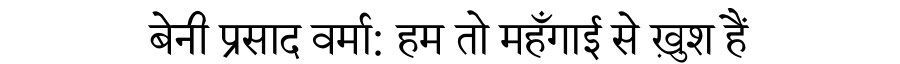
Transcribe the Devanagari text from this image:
बेनी प्रसाद वर्मा: हम तो महँगाई से ख़ुश हैं